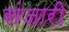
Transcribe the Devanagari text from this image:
संजारी